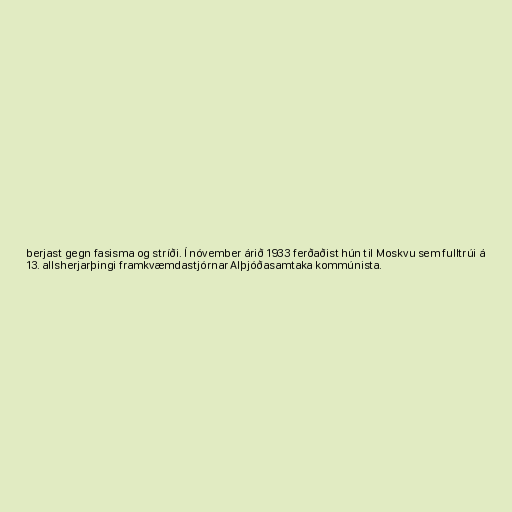
berjast gegn fasisma og stríði. Í nóvember árið 1933 ferðaðist hún til Moskvu sem fulltrúi á
13. allsherjarþingi framkvæmdastjórnar Alþjóðasamtaka kommúnista.